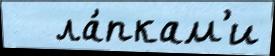
   ла́пкам'и